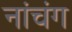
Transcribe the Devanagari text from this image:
नांचंग